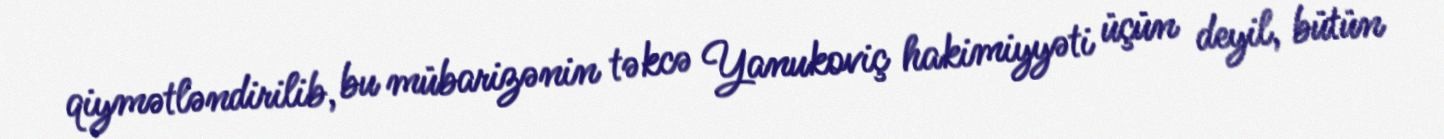
qiymətləndirilib, bu mübarizənin təkcə Yanukoviç hakimiyyəti üçün deyil, bütün